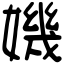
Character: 𡡤